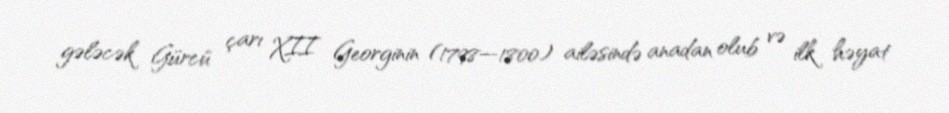
gələcək Gürcü çarı XII Georginin (1798—1800) ailəsində anadan olub və ilk həyat